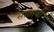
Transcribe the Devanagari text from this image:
सातांची